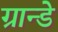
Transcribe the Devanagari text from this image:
ग्रान्डे